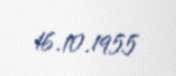
16.10.1955